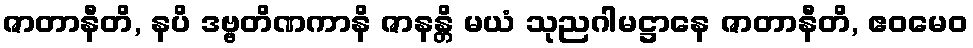
ဇာတာနီတိ, နပိ ဒဗ္ဗတိဏကာနိ ဇာနန္တိ မယံ သုညဂါမဋ္ဌာနေ ဇာတာနီတိ, ဧဝမေဝ